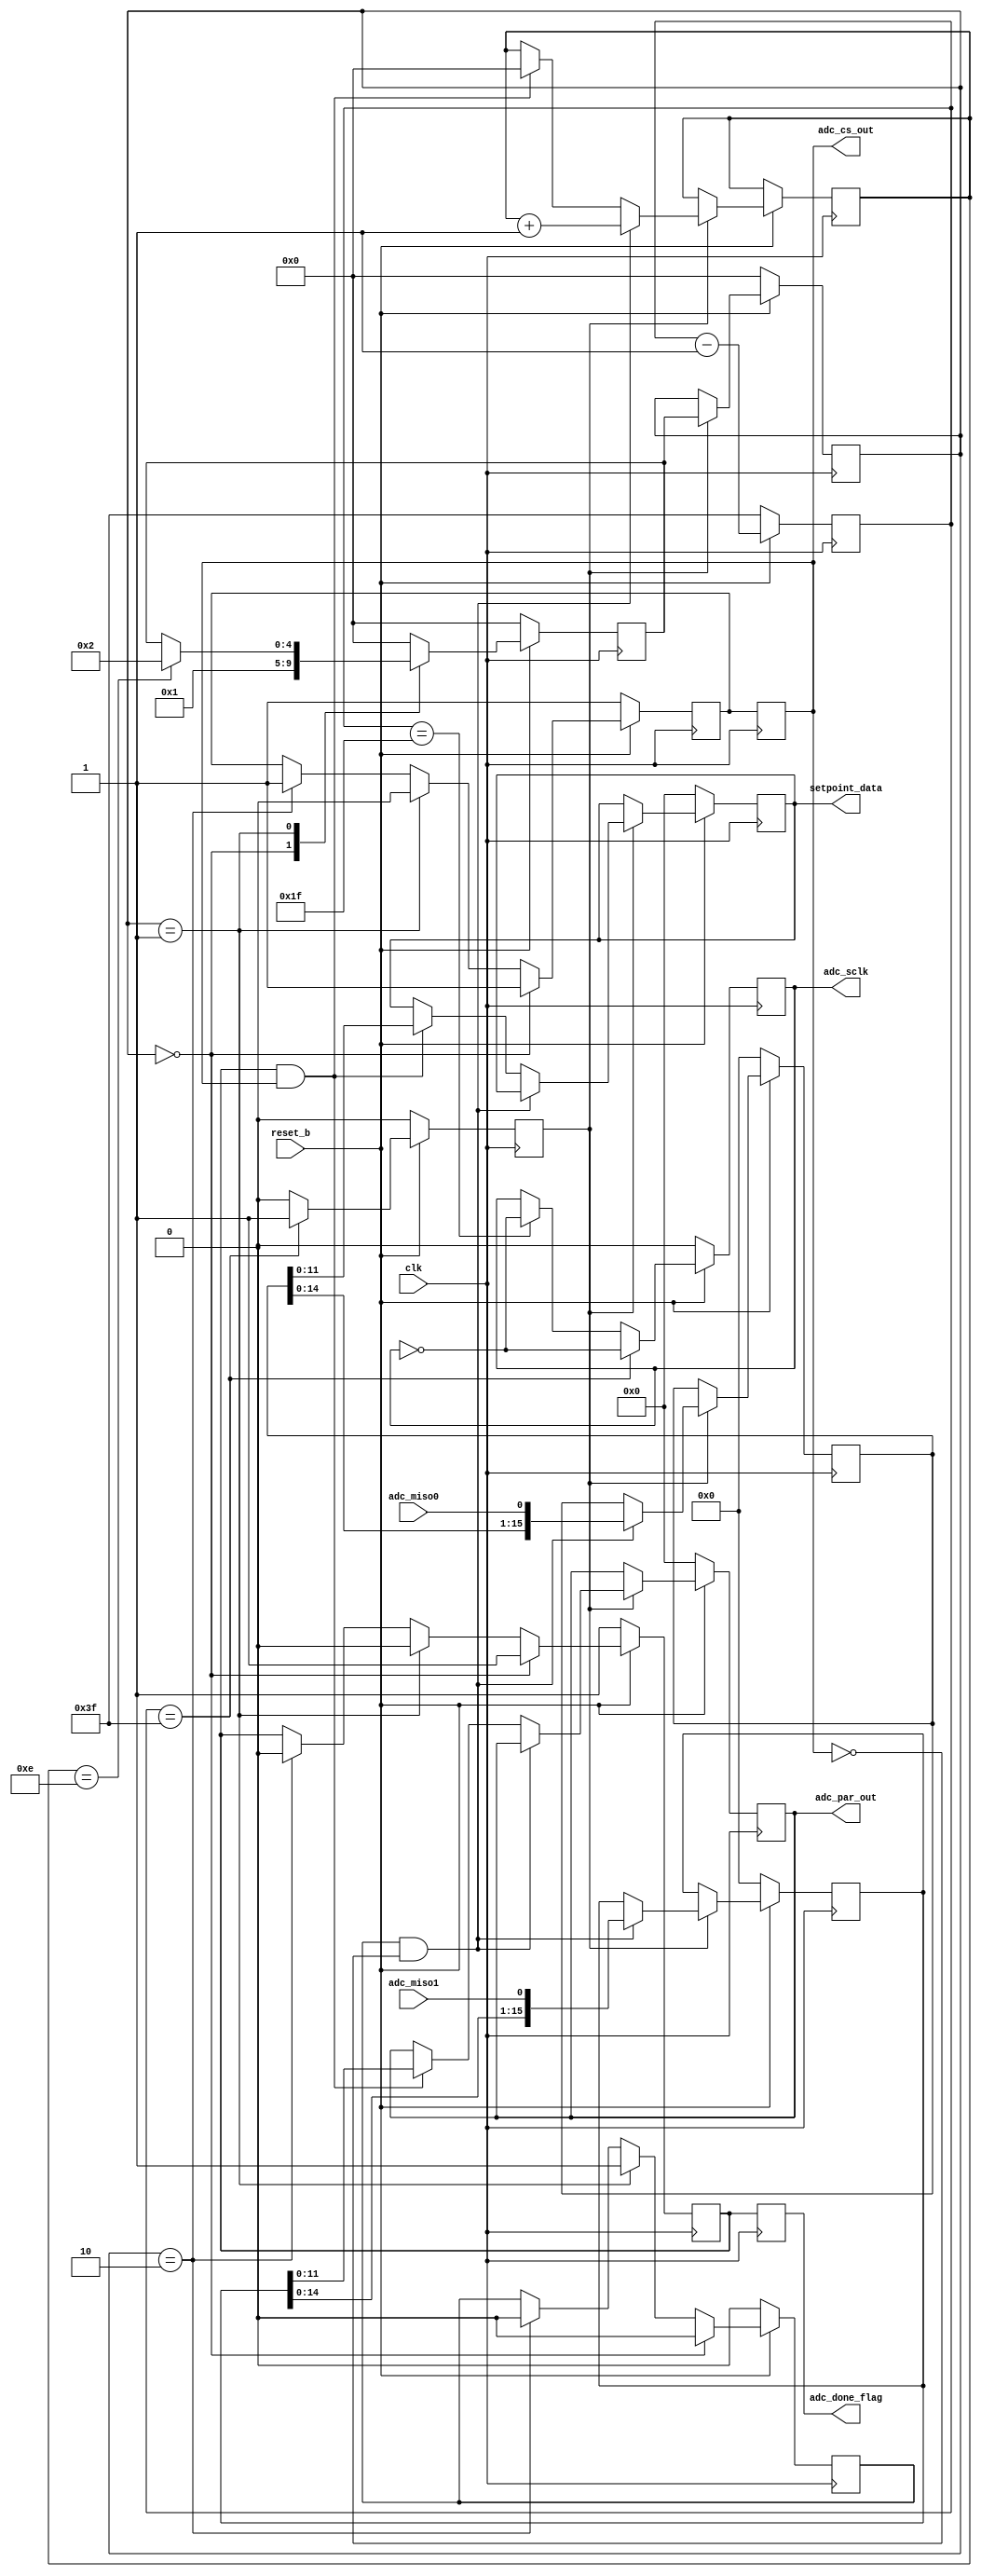
`timescale 1ns / 1ps

//SPI-based controller for the PMOD AD1 


//Functionality: 
// - Sends out Chip Select and Serial Clock signals to control the Converter 
// - Reads in 12 bit digital samples and shifts it out serially on the positive edge of the serial clock signal 
// - Finite State Machines to ensure that the controller only sends out samples that are fully read in and in a synchronized manner

//Methodology 
//Uses a FSM to control the DAC 
// IDLE State 
// - The dac_cs signal is set high to pause DAC operations
// - The parLoad_en signal is set high to read in digital samples from the outside modules 
// - The dac_done signal is set high to allow digital samples to be read in 

//SHIFT_OUT state 
// - The controller shifts out bits of the digital signal in a serial manner 
//    - Operates on the positive edge of the serial clock signal, takes roughly 16 SClk signals to send a sample through
// - The parLoad_en and dac_done signals are set low to prevent samples from being read in

//SYNC_DATA 
// - This state acts as a buffer to allow the FFs to latch properly


module spi2adc (clk,reset_b,adc_cs_out,adc_sclk,adc_miso0,adc_miso1,setpoint_data, adc_par_out,adc_done_flag); 

input clk; 
input reset_b;
output reg adc_cs_out; 
output adc_sclk; 
input adc_miso0; 
input adc_miso1;
output adc_done_flag;
output reg [11:0] setpoint_data;
output reg [11:0] adc_par_out; 
 
reg adc_cs; 
     
parameter IDLE = 0000; 
parameter SHIFT_OUT = 0001; 
parameter LATCH = 0002;     



//Generate Serial CLK at 1 MHZ

//reg [11:0] adc_par_out; 
reg clk_1MHZ; 
reg [5:0] ctr; 
parameter TC = 6'd63; 
reg tick; 


always @ (posedge clk) 
    if (!reset_b) 
        begin
        ctr <= TC; 
        tick <= 0; 
        clk_1MHZ <= 0; 
        end
    else
        begin
        ctr <= ctr - 1'b1; 
        tick <= 0; 
     if (ctr == 63) 
        begin 
        tick <= 1'b1; 
        clk_1MHZ <= ~clk_1MHZ; 
        end 
    else if (ctr == 31)
        begin 
        clk_1MHZ <= ~clk_1MHZ; 
        end 
  end            
assign adc_sclk = clk_1MHZ; 

//END Clock Divide 

reg adc_done; 
reg shift_en; 
(*dont_touch = "true"*)reg [4:0] serial_ctr; 
(*dont_touch = "true"*)reg [15:0] shift_reg_adc;
(*dont_touch = "true"*) reg [15:0] shift_reg_adc1; 

always @ (posedge clk) 
            begin 
            
            if (!reset_b)
                begin 
                shift_reg_adc <= 0; 
                shift_reg_adc1 <= 0; 
                setpoint_data <= 0; 
                adc_par_out <= 0; 
                end 
            else 
                begin
                if (tick == 1) 
                    begin
                
                    if  ((shift_en == 1) && (!adc_cs_out))
                            begin
                            shift_reg_adc <= {shift_reg_adc[14:0],adc_miso0}; 
                            shift_reg_adc1 <= {shift_reg_adc1 [14:0],adc_miso1};
                            serial_ctr <= serial_ctr + 1; 
                            end 
                    else if ((adc_done) && (adc_cs_out))
                        begin 
                        setpoint_data <= shift_reg_adc[11:0];
                        adc_par_out <= shift_reg_adc1[11:0]; 
                        serial_ctr <= 4'b000; 
                        end
                    end 
                end 
        end
//FSM 
reg [4:0] current_state; 
reg [4:0] next_state;

always @ (posedge clk) 
    if (!reset_b) 
        current_state <= IDLE; 
    else 
        begin 
            if (tick == 1) 
                current_state <= next_state; 
        end 
  
//Conditions for State Change
always @ (posedge clk) 
    begin 
        if (!reset_b) 
            next_state <= IDLE; 
        
        else 
            begin 
            
                    case (current_state)
                    
                    IDLE :  next_state <= SHIFT_OUT;  
                    SHIFT_OUT: if (serial_ctr == 4'hE) //Corresponds to 16 Sclk cycles 
                                   begin 
                                   next_state <= LATCH; 
                                   end 
                    LATCH: next_state <= IDLE;
                   default : next_state <= IDLE; 
                   endcase
           end 
    end

always @ (posedge clk) //Signal Generation based on State
    begin 
        
        if (!reset_b) 
            begin 
            shift_en <= 0; 
            adc_done <= 1; 
            adc_cs <=1; 
            end 
        
        else 
            begin 
                 begin
                   if (current_state == IDLE)
                       begin 
                       shift_en <= 0; 
                       adc_done <= 1; 
                       adc_cs <= 1;             
                       end 
                   else if (current_state == SHIFT_OUT) 
                       begin 
                       shift_en <= 1; 
                       adc_done <= 0; 
                       adc_cs <= 0; 
                       end 
                   else if (current_state == LATCH) 
                       begin 
                       shift_en <= 0; 
                       adc_done <= 0; 
                       adc_cs <= 1; 
                       end 
               end 
    end
    end

always @ (posedge clk) 
    adc_cs_out <= adc_cs; 

reg adc_done_flag; 

always @ (posedge clk) 
    adc_done_flag <= adc_done; 


endmodule